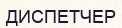
ДИСПЕТЧЕР